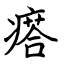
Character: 瘩